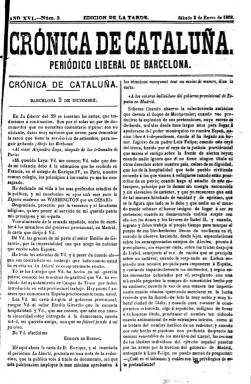
Título: Crónica de Cataluña (Ed. de la tarde)
Colección: Periódicos
Ámbito geográfico: Barcelona
Lugar de publicación: Barcelona
Fechas: 02/01/1869-29/04/1886

Se trata de la edición vespertina del diario liberal progresista Crónica de Cataluña, que empezó a publicarse el 13 de mayo de 1868, y seguidamente se había fusionado con el también diario barcelonés La Corona (1857-1868). La colección de la Biblioteca Nacional de España de esta “Edición de la tarde”, comienza con el número 1, del primero de enero de 1869, correspondiente al XVI año de edición, pues tanto esta como la edición matutina de Crónica de Cataluña siguió la secuencia de La Corona. Así como la denominada “Edición de la mañana” adoptó un formato en folio, esta “Edición de la tarde” será estampada en un tamaño reducido (en 4º), siendo compuestas sus páginas a dos columnas, y desde el 18 de mayo de 1875, a sólo una columna. Comenzó con números de cuatro páginas, y después las duplica, apareciendo a veces suplementos, también de hasta otras ocho páginas.

Este título es descrito en su colección matutina, que también integra los fondos digitalizados de la BNE. Su propietario fue el impresor Narcís Ramírez, que tenía su establecimiento en el Pasaje de Escudellers, y tras su fallecimiento en 1880, fue adquirido su negocio por Manuel Henrich y Girona (1852-1925). Este ingeniero se convertirá en uno de los hombres más influyentes del empresariado barcelonés y, adscrito al Partido Liberal Fusionista, fue miembro de la Diputación Provincial, entre 1878 y 1880; diputado a Cortes, entre 1881 y 1884, y alcalde de Barcelona, entre 1893 y 1894. Henrich formó parte de la delegación de diputados liberales que en 1881 pidieron la retirada de las medidas económicas librecambistas.

Tanto la edición matutina como esta vespertina de Crónica de Cataluña comparten el mismo subtítulo: “periódico liberal de Barcelona”, que después es modificado a: “diario político liberal”. Ambas ediciones comparten también la misma secuencia, por lo que sus entregas llevan numeración alterna, no saliendo, en el caso de la vespertina, los domingos.

Sus contenidos se estructuran en secciones, con epígrafes como los siguientes: Crónica de Cataluña, Crónica nacional o Noticias nacionales, Efemérides, Gacetillas (noticias y comentarios locales), Parte religiosa (cultos), Partes telegráficos, Artículos particulares, Espectáculos (cartelera) y Diversiones públicas, Sección comercial (movimiento del puerto barcelonés), Registro civil de Barcelona (con los datos de fallecimientos y nacimientos). Inserta también publicidad comercial, así como esquelas, que a veces llega a estampar en la primera página.

Durante la tercera guerra carlista (1872-1876) tendrá secciones de Crónica de guerra y Correspondencia del Norte. Así mismo, incluye una denominada Crónica de Madrid, y reproduce contenidos principalmente del diario madrileño La Corresponde de España (1859-1925). En sus primeros años, por todo lo no firmado, aparece indicado como responsable el secretario de redacción, Jaime Costa.

Tras el fallecimiento de Ramírez, el diario empezó su decadencia en el estadio de la prensa catalana, en la que influyó la adhesión de su entonces director, Teodor Baró (1842-1916), a un proyecto gubernamental considerado desfavorable para los intereses catalanes. Entre el 8 y el 21 de febrero de 1881 fue suspendida su publicación, siendo sustituido durante este breve periodo por el título El Constitucional. Corresponde su última entrega al 30 de mayo de 1886. La de la colección de la BNE, al 29 de abril de ese año. Por su parte, Henrich se había convertido en uno de los principales empresarios editores e impresores de Barcelona, siendo uno de los fundadores de la Federación Nacional de las Artes del Libro.